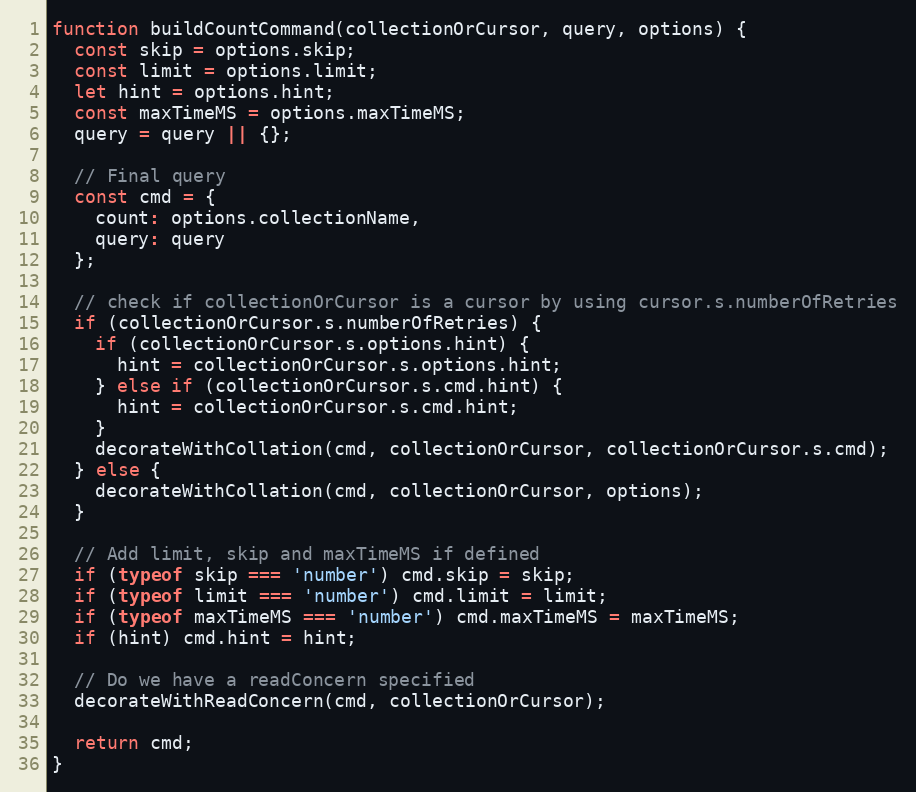
Language: JavaScript
function buildCountCommand(collectionOrCursor, query, options) {
  const skip = options.skip;
  const limit = options.limit;
  let hint = options.hint;
  const maxTimeMS = options.maxTimeMS;
  query = query || {};

  // Final query
  const cmd = {
    count: options.collectionName,
    query: query
  };

  // check if collectionOrCursor is a cursor by using cursor.s.numberOfRetries
  if (collectionOrCursor.s.numberOfRetries) {
    if (collectionOrCursor.s.options.hint) {
      hint = collectionOrCursor.s.options.hint;
    } else if (collectionOrCursor.s.cmd.hint) {
      hint = collectionOrCursor.s.cmd.hint;
    }
    decorateWithCollation(cmd, collectionOrCursor, collectionOrCursor.s.cmd);
  } else {
    decorateWithCollation(cmd, collectionOrCursor, options);
  }

  // Add limit, skip and maxTimeMS if defined
  if (typeof skip === 'number') cmd.skip = skip;
  if (typeof limit === 'number') cmd.limit = limit;
  if (typeof maxTimeMS === 'number') cmd.maxTimeMS = maxTimeMS;
  if (hint) cmd.hint = hint;

  // Do we have a readConcern specified
  decorateWithReadConcern(cmd, collectionOrCursor);

  return cmd;
}